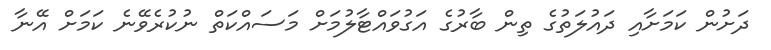
ދަށުން ކަމަށާއި ދައުލަތުގެ ތިން ބާރުގެ އަގުވައްޓާލުމަށް މަސައްކަތް ނުކުރެވޭނެ ކަމަށް އޭނާ